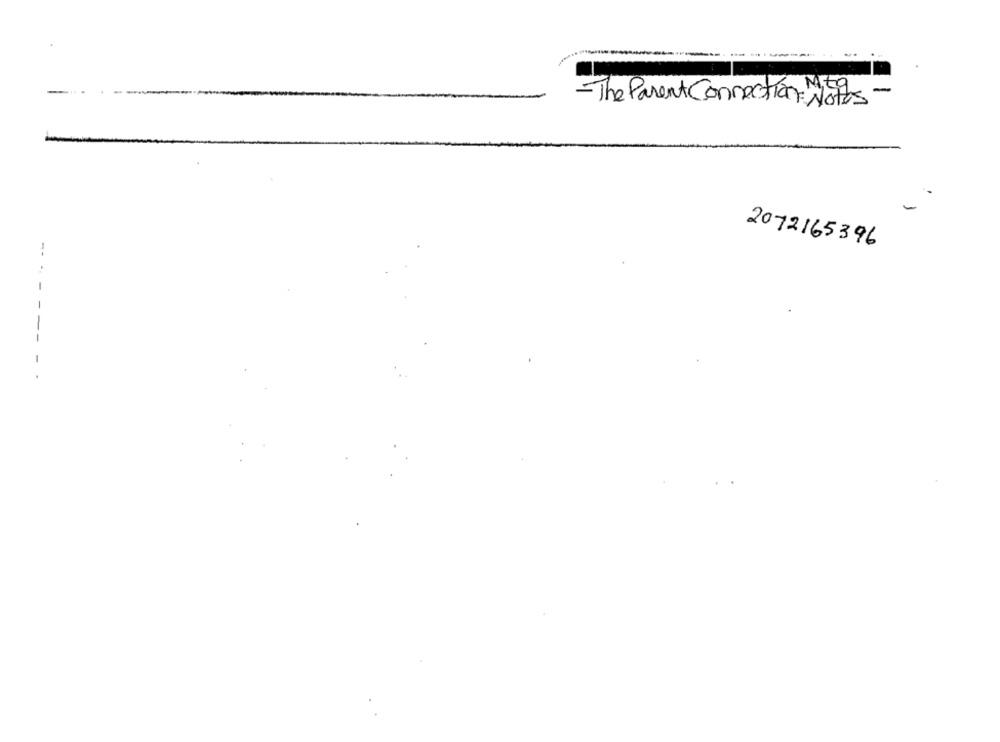
.
ME9
-
-The Parent Connection: Notes
2072165396
--